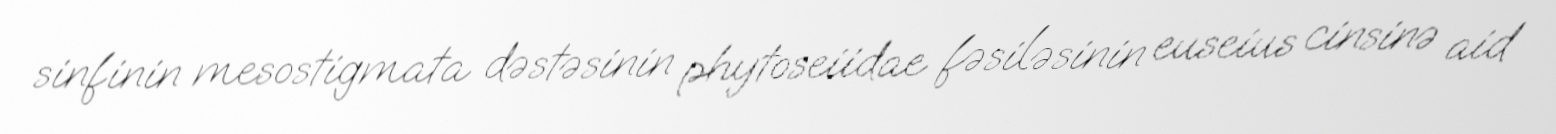
sinfinin mesostigmata dəstəsinin phytoseiidae fəsiləsinin euseius cinsinə aid